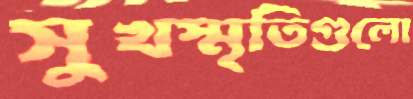
সুখস্মৃতিগুলো